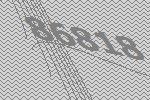
86818